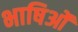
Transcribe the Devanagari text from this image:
भाषिओं